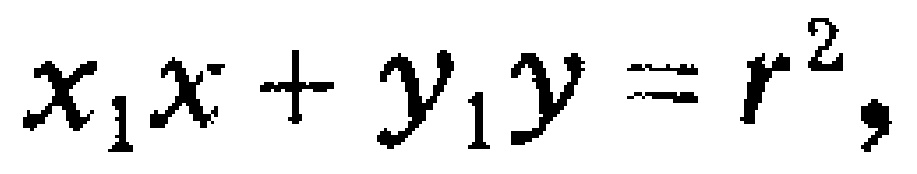
$x_{1}x + y_{1}y = r^{2},$